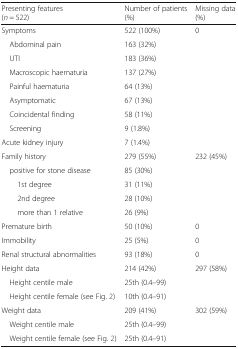
| Presenting features (n = 522) | Number of patients (%) | Missing data (%) |
 | --- | --- | --- |
 | Symptoms | 522 (100%) | <ROWSPAN=9> 0 |
 | Abdominal pain | 163 (32%) |
 | UTI | 183 (36%) |
 | Macroscopic haematuria | 137 (27%) |
 | Painful haematuria | 64 (13%) |
 | Asymptomatic | 67 (13%) |
 | Coincidental finding | 58 (11%) |
 | Screening | 9 (1.8%) |
 | Acute kidney injury | 7 (1.4%) |
 | Family history | 279 (55%) | <ROWSPAN=5> 232 (45%) |
 | positive for stone disease | 85 (30%) |
 | 1st degree | 31 (11%) |
 | 2nd degree | 28 (10%) |
 | more than 1 relative | 26 (9%) |
 | Premature birth | 50 (10%) | 0 |
 | Immobility | 25 (5%) | 0 |
 | Renal structural abnormalities | 93 (18%) | 0 |
 | Height data | 214 (42%) | <ROWSPAN=3> 297 (58%) |
 | Height centile male | 25th (0.4–99) |
 | Height centile female (see Fig. 2) | 10th (0.4–91) |
 | Weight data | 209 (41%) | <ROWSPAN=3> 302 (59%) |
 | Weight centile male | 25th (0.4–99) |
 | Weight centile female (see Fig. 2) | 25th (0.4–91) |